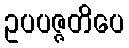
ဥပပဇ္ဇတိပေ